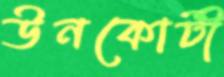
উনকোটী